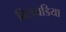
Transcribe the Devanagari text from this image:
बिरायडिया